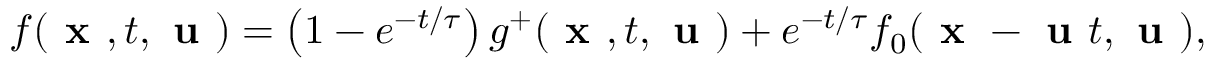
f ( \textbf { x } , t , \textbf { u } ) = \left( 1 - e ^ { - t / \tau } \right) g ^ { + } ( \textbf { x } , t , \textbf { u } ) + e ^ { - t / \tau } f _ { 0 } ( \textbf { x } - \textbf { u } t , \textbf { u } ) ,